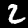
Label: 2